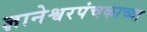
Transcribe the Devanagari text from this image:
ज्ञानेश्वरपंचकाच्या